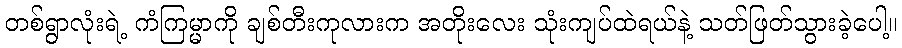
တစ်ရွာလုံးရဲ့ ကံကြမ္မာကို ချစ်တီးကုလားက အတိုးလေး သုံးကျပ်ထဲရယ်နဲ့ သတ်ဖြတ်သွားခဲ့ပေါ့။